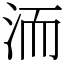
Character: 洏